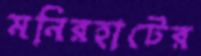
মনিরহাটের